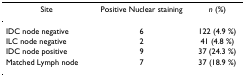
<table><thead><tr><td><b>Site</b></td><td><b>Positive Nuclear staining</b></td><td><b><i>n </i>(%)</b></td></tr></thead><tbody><tr><td>IDC node negative</td><td>6</td><td>122 (4.9 %)</td></tr><tr><td>ILC node negative</td><td>2</td><td>41 (4.8 %)</td></tr><tr><td>IDC node positive</td><td>9</td><td>37 (24.3 %)</td></tr><tr><td>Matched Lymph node</td><td>7</td><td>37 (18.9 %)</td></tr></tbody></table>